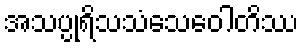
အသပ္ပုရိသသံသေဝေါတိဿ